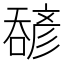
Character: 𫫹